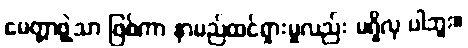
မေတ္တာဖွဲ့သာ ဖြစ်ကာ နာမည်ထင်ရှားမှုလည်း မရှိလှ ပါဘူး။